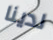
لدينا